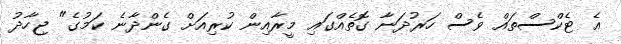
އެ ޓެކްސްތައް ވެސް ހަރުދަނާ ގޮތެއްގައި މީރާއިން ކުރިއަށް ގެންދާނެ ކަމުގެ" ޖިހާދު